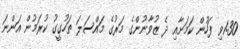
1:30ވި ފަހުން ކަމަށާއި ދެ ޒުވާނުންގެ މަރުގެ މައްސަލަ ތަހުގީގު ކުރަމުން އަންނަ